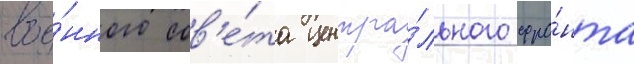
вое́нного сов'е́та центра́льного фро́нта